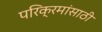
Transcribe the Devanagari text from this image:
परिक्रमांसाठी